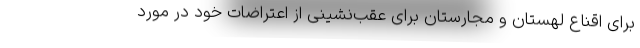
برای اقناع لهستان و مجارستان برای عقب‌نشینی از اعتراضات خود در مورد